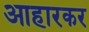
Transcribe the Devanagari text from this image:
आहारकर